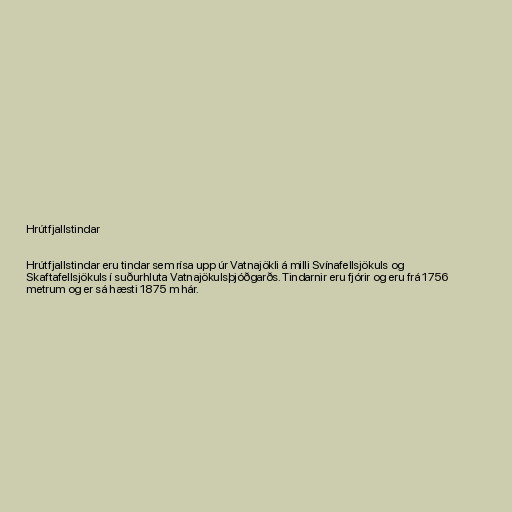
Hrútfjallstindar

Hrútfjallstindar eru tindar sem rísa upp úr Vatnajökli á milli Svínafellsjökuls og
Skaftafellsjökuls í suðurhluta Vatnajökulsþjóðgarðs. Tindarnir eru fjórir og eru frá 1756
metrum og er sá hæsti 1875 m hár.